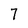
Character: 7